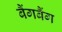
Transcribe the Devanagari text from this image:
बैंगबैंग